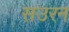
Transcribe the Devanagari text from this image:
सउरन